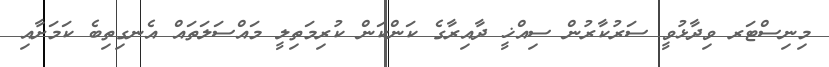
މިނިސްޓަރ ވިދާޅުވީ ސަރުކާރުން ސިއްޚީ ދާއިރާގެ ކަންކަން ކުރިމަތިލީ މައްސަލަތައް އެނގިތިބެ ކަމަށާއި